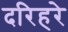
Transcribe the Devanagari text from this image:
दरिहरे